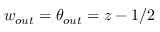
w _ { o u t } = \theta _ { o u t } = z - 1 / 2